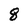
Character: 8